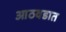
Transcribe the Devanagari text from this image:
आठवडात